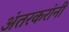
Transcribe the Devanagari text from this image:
अंतरकरांनी